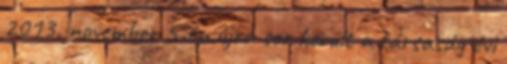
2013. november 5-én újra sor került a társaság évi